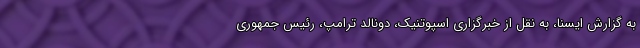
به گزارش ایسنا، به نقل از خبرگزاری اسپوتنیک، دونالد ترامپ، رئیس جمهوری